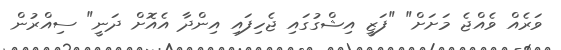
ވަރެއް ވެއްޖެ މަށަށް" "ފަޒީ އިޝްގުގައި ޖެހިފައި އިންދާ އެއޮށް ދަނީ" ސިއްރުން